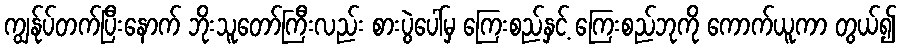
ကျွန်ုပ်တက်ပြီးနောက် ဘိုးသူတော်ကြီးလည်း စားပွဲပေါ်မှ ကြေးစည်နှင့် ကြေးစည်ဘုကို ကောက်ယူကာ တွယ်၍